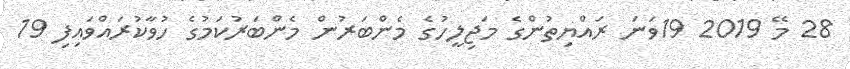
28 މޭ 2019 19ވަނަ ރައްޔިތުންގެ މަޖިލީހުގެ މެންބަރުން މެންބަރުކަމުގެ ހުވާކުރައްވައިފި 19